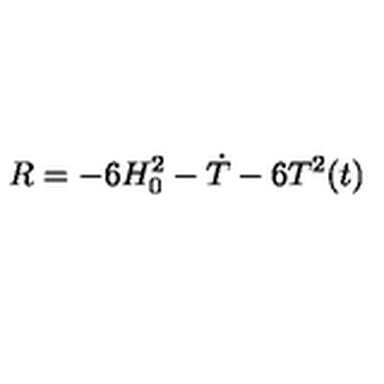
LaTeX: R = - 6 H _ { 0 } ^ { 2 } - \dot { T } - 6 T ^ { 2 } ( t )